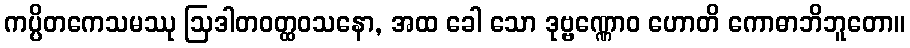
ကပ္ပိတကေသမဿု ဩဒါတဝတ္ထဝသနော, အထ ခေါ သော ဒုဗ္ဗဏ္ဏောဝ ဟောတိ ကောဓာဘိဘူတော။